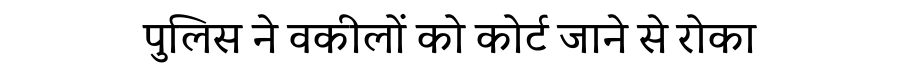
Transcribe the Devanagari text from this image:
पुलिस ने वकीलों को कोर्ट जाने से रोका